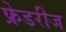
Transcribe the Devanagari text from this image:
फ्रेडरीज